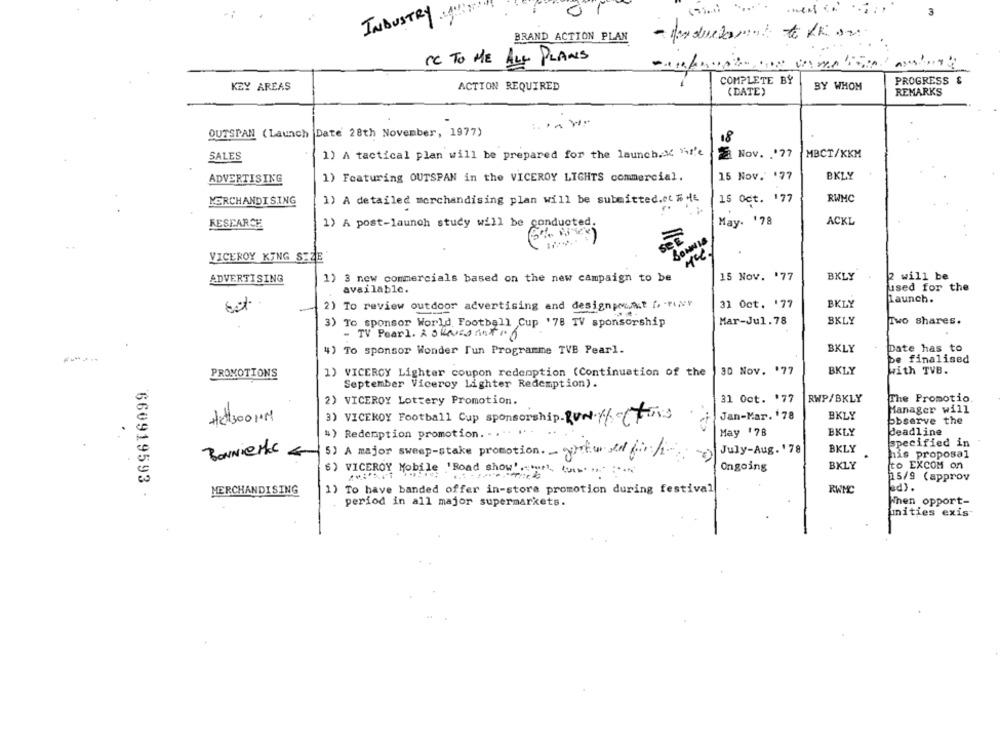
3
INDUSTRY
BRAND ACTION PLAN
CC TO ME ALL PLANS
COMPLETE BY
PROGRESS &
KEY AREAS
ACTION REQUIRED
BY WHOM
REMARKS
(DATE)
OUTSPAN (Launch Date 28th November, 1977)
18
SALES
1) A tactical plan will be prepared for the launch. " "-1'e
Nov. . '77
MBCT/KKM
ADVERTISING
1) Featuring OUTSPAN in the VICEROY LIGHTS commercial.
15 Nov. 177
BKLY
MERCHANDISING
1) A detailed merchandising plan will be submitted.at THE
15 Oct. 177
RWMC
RESEARCH
1) A post-launch study will be conducted.
May. 178
ACKL
DONNIE
VICEROY KING SIZE
1) 3 new commercials based on the new campaign to be
15 Nov. '77
BKLY
2 will be
ADVERTISING
available.
used for the
Launch.
2) To review outdoor advertising and designpousse f. pour
31 Oct. '77
BKLY
3) To sponsor World Football Cup '78 TV sponsorship
Mar-Jul.78
SKLY
Two shares.
- TV Pearl. A SHARED ART .
4) To sponsor Wonder Tun Programme TVB Pearl.
BKLY
Date has to
pe finalised
PROMOTIONS
1) VICEROY Lighter coupon redemption (Continuation of the
30 Nov. '77
BKLY
with TVB.
September Viceroy Lighter Redemption).
RWP/BKLY
2) VICEROY Lottery Promotion.
31 Oct. 177
The Promotio.
Manager will
ACH300MM
3) VICEROY Football Cup sponsorship-RUN-1/-fais
Jan-Mar. '78
BKLY
observe the
.
4) Redemption promotion. - .
....
May '78
BKLY
deadline
specified in
July-Aug. '78
BKLY
BONNier €
5) A major sweep-stake promotion. - worker en finli-
his proposal
BKLY
to EXCOM on
6) VICEROY Mobile "Road show"
Ongoing
15/9 (approv
sd).
660919593 .
MERCHANDISING
1) To have banded offer in-store promotion during festival
RWMC
period in all major supermarkets.
When opport-
unities exis"